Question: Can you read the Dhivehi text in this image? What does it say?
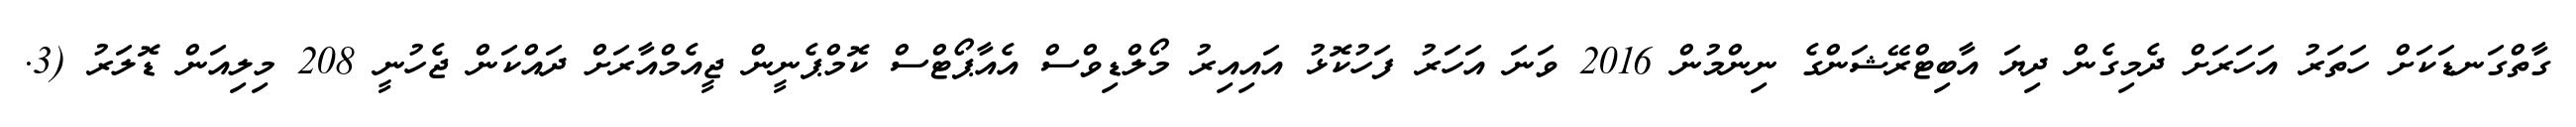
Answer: ގާތްގަނޑަކަށް ހަތަރު އަހަރަށް ދެމިގެން ދިޔަ އާބިޓްރޭޝަންގެ ނިންމުން 2016 ވަނަ އަހަރު ފަހުކޮޅު އައިއިރު މޯލްޑިވްސް އެއާޕޯޓްސް ކޮމްޕެނީން ޖީއެމްއާރަށް ދައްކަން ޖެހުނީ 208 މިލިއަން ޑޮލަރު (3.